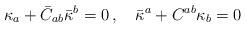
LaTeX: \begin{align*}\kappa_a +\bar C_{ab}\bar\kappa^b =0 \, ,\quad\bar\kappa^a + C^{ab}\kappa_b=0\end{align*}